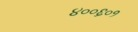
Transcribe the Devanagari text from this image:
४००६०१